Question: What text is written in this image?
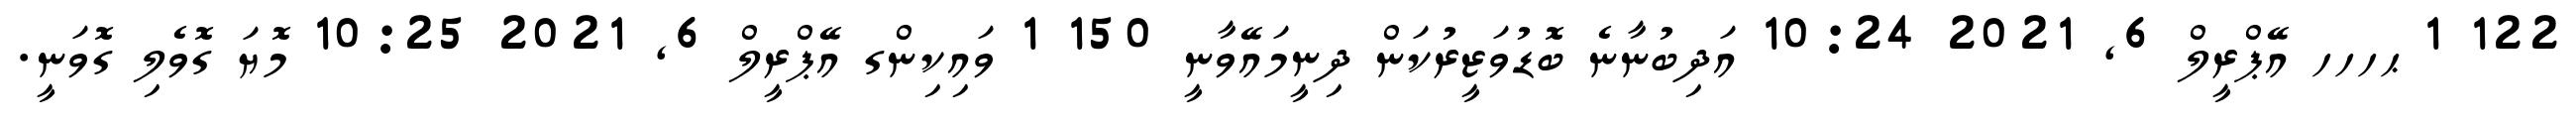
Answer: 122 1 ޙހހހ އޭޕްރީލް 6, 2021 10:24 އަދިބުނާނެ ބޮޑުވަޒީރުކަން ދިނީމައޭވާނީ 150 1 ވައިކިންގ އޭޕްރީލް 6, 2021 10:25 މޮޔަ ގޮވެލި ގޮވަނީ.